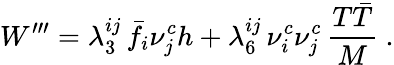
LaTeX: W^{\prime\prime\prime}=\lambda_{3}^{ij}\, \bar{f}_{i}\nu_{j}^{c}h+\lambda_{6}^{ij}\, \nu_{i}^{c}\nu_{j}^{c}\, {\frac{T\bar{T}}{M}}\ .